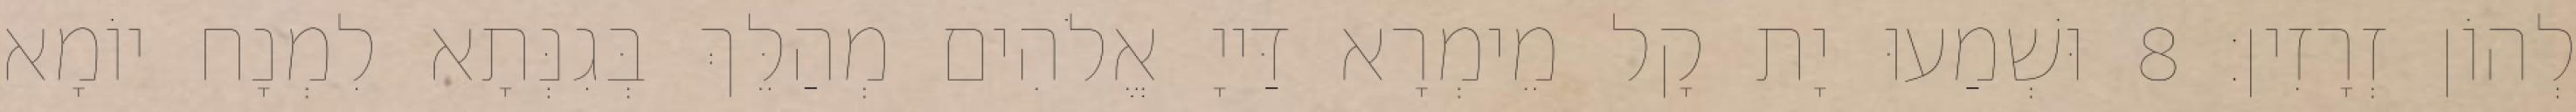
לְהוֹן זְרָזִין׃ 8 וּשְׁמַעוּ יָת קָל מֵימְרָא דַּייָ אֱלֹהִים מְהַלֵּךְ בְּגִנְּתָא לִמְנָח יוֹמָא